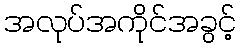
အလုပ်အကိုင်အခွင့်